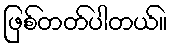
ဖြစ်တတ်ပါတယ်။